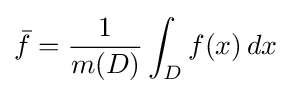
{\bar {f}}={\frac {1}{m(D)}}\int _{D}f(x)\,dx